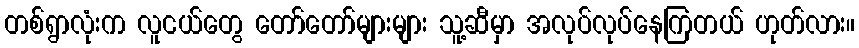
တစ်ရွာလုံးက လူငယ်တွေ တော်တော်များများ သူ့ဆီမှာ အလုပ်လုပ်နေကြတယ် ဟုတ်လား။